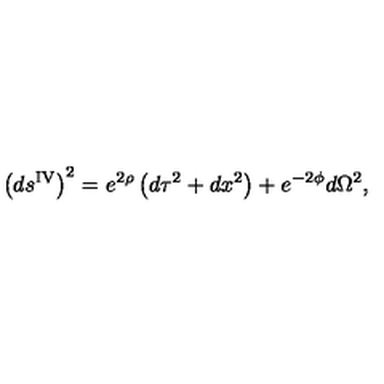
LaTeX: \left( d s ^ { \mathrm { I V } } \right) ^ { 2 } = e ^ { 2 \rho } \left( d \tau ^ { 2 } + d x ^ { 2 } \right) + e ^ { - 2 \phi } d \Omega ^ { 2 } ,